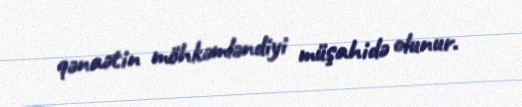
qənaətin möhkəmləndiyi müşahidə olunur.